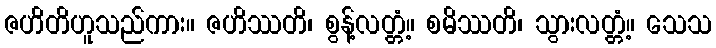
ဇဟိတိဟူသည်ကား။ ဇဟိဿတိ၊ စွန့်လတ္တံ့။ စမိဿတိ၊ သွားလတ္တံ့။ သေသ